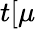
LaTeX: t[\mu